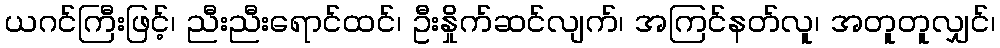
ယဂင်ကြီးဖြင့်၊ ညီးညီးရောင်ထင်၊ ဦးနှိုက်ဆင်လျက်၊ အကြင်နတ်လူ၊ အတူတူလျှင်၊